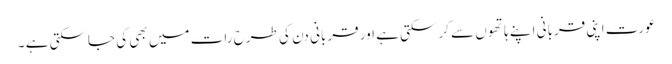
عورت اپنی قربانی اپنے ہاتھوں سے کرسکتی ہے اور قربانی دن کی طرح رات میں بھی کی جاسکتی ہے ۔